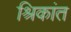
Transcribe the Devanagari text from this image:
श्रिकांत